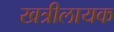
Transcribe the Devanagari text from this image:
खत्रीलायक